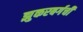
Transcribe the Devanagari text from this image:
झुकरबर्गची